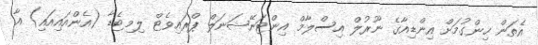
އެތަން ހިންގުމަށް އިންޑިއާގެ ނޫރުލް އިސްލާމް އިންޓަނޭޝަނަލް ޕްރައިވެޓް ލިމިޓެޑާ (އެންއައިއައި) އާ